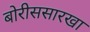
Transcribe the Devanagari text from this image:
बोरीससारखा